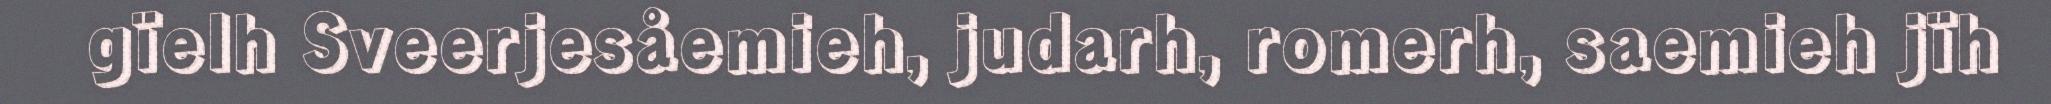
gïelh Sveerjesåemieh, judarh, romerh, saemieh jïh